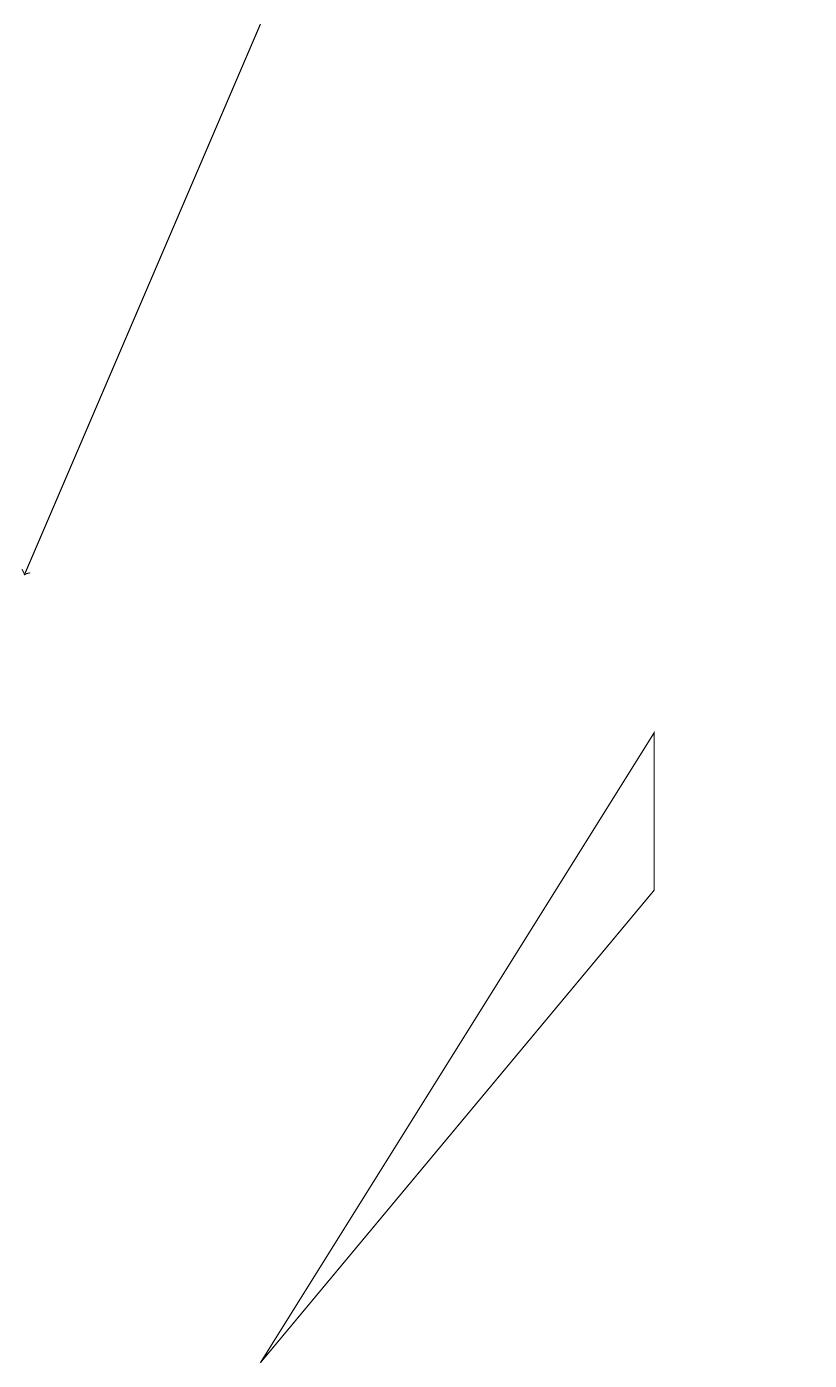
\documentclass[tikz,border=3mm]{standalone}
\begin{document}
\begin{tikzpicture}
\draw (10,10) circle (0);
\draw (8,7) -- (8,9) -- (3,1) -- cycle;
\draw[->] (3,18) -- (0,11);
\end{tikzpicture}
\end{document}